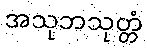
အသုဘသုတ္တံ